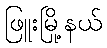
ဖြူးမြို့နယ်